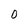
Character: 0